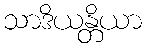
သာဒိယန္တိယာ